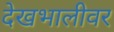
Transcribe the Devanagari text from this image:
देखभालीवर